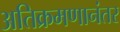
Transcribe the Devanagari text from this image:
अतिक्रमणानंतर